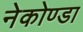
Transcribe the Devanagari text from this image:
नेकोण्डा